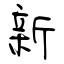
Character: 新